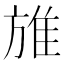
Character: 𨾔